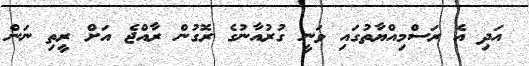
އަދި އެ ރަސްމިއްޔާތުގައި ވަނީ ގުރުއާނުގެ ރޮގުން ރާއްޖެ އަށް ރީތި ނަން